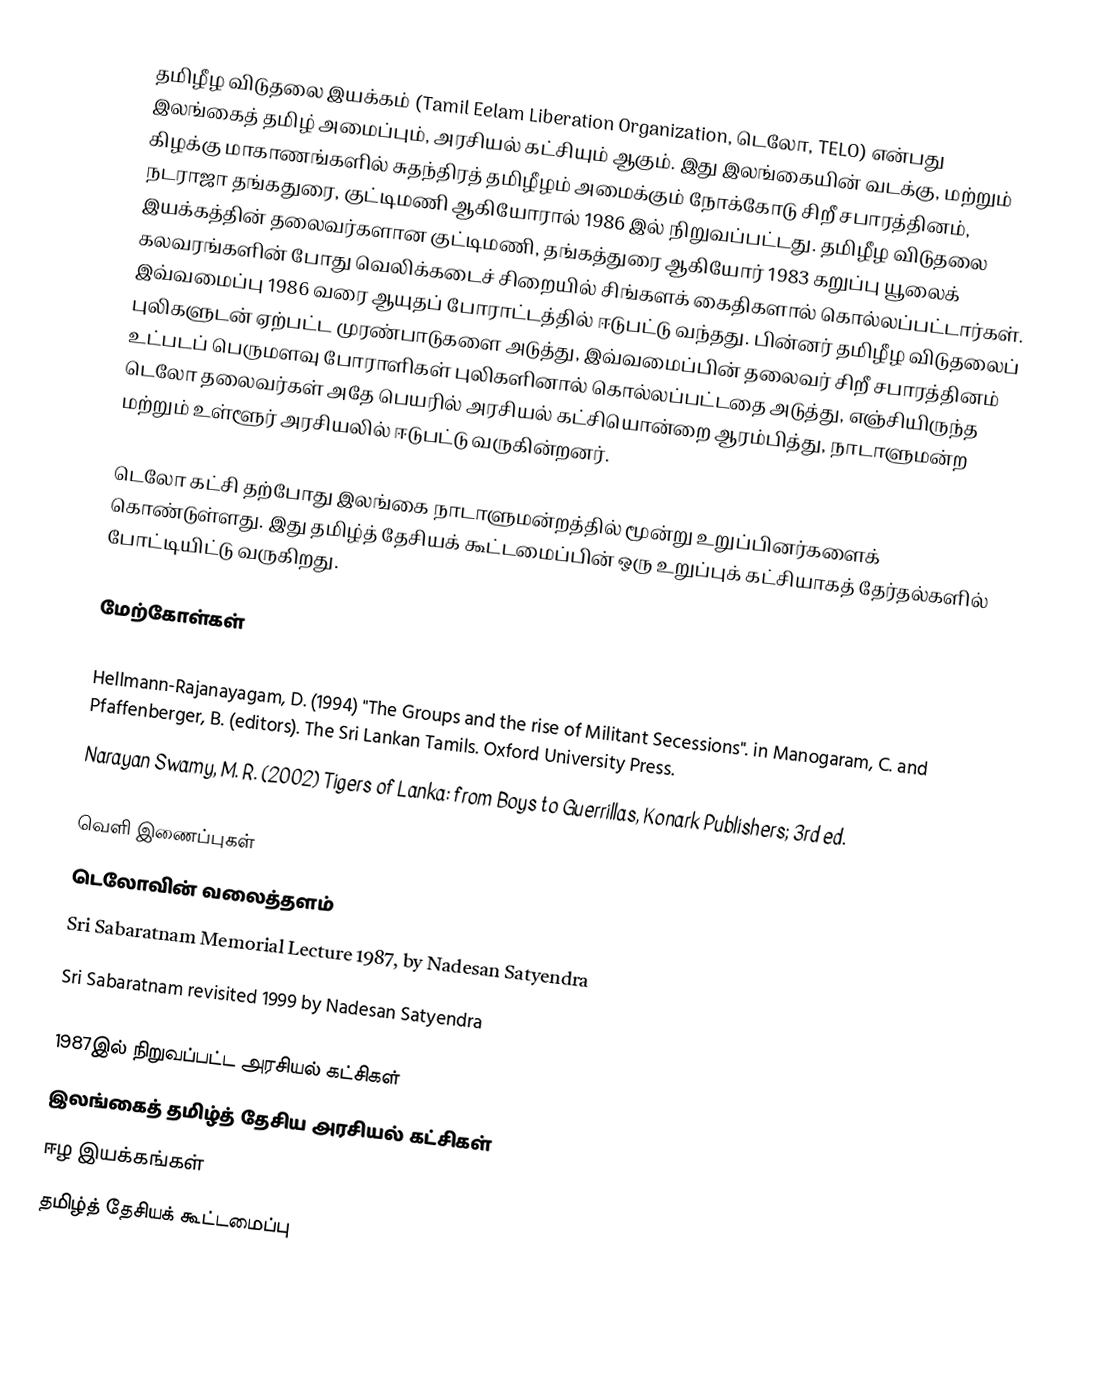
தமிழீழ விடுதலை இயக்கம் (Tamil Eelam Liberation Organization, டெலோ, TELO) என்பது இலங்கைத் தமிழ் அமைப்பும், அரசியல் கட்சியும் ஆகும். இது இலங்கையின் வடக்கு, மற்றும் கிழக்கு மாகாணங்களில் சுதந்திரத் தமிழீழம் அமைக்கும் நோக்கோடு சிறீ சபாரத்தினம், நடராஜா தங்கதுரை, குட்டிமணி ஆகியோரால் 1986 இல் நிறுவப்பட்டது. தமிழீழ விடுதலை இயக்கத்தின் தலைவர்களான குட்டிமணி, தங்கத்துரை ஆகியோர் 1983 கறுப்பு யூலைக் கலவரங்களின் போது வெலிக்கடைச் சிறையில் சிங்களக் கைதிகளால் கொல்லப்பட்டார்கள். இவ்வமைப்பு 1986 வரை ஆயுதப் போராட்டத்தில் ஈடுபட்டு வந்தது. பின்னர் தமிழீழ விடுதலைப் புலிகளுடன் ஏற்பட்ட முரண்பாடுகளை அடுத்து, இவ்வமைப்பின் தலைவர் சிறீ சபாரத்தினம் உட்படப் பெருமளவு போராளிகள் புலிகளினால் கொல்லப்பட்டதை அடுத்து, எஞ்சியிருந்த டெலோ தலைவர்கள் அதே பெயரில் அரசியல் கட்சியொன்றை ஆரம்பித்து, நாடாளுமன்ற மற்றும் உள்ளூர் அரசியலில் ஈடுபட்டு வருகின்றனர்.

டெலோ கட்சி தற்போது இலங்கை நாடாளுமன்றத்தில் மூன்று உறுப்பினர்களைக் கொண்டுள்ளது. இது தமிழ்த் தேசியக் கூட்டமைப்பின் ஒரு உறுப்புக் கட்சியாகத் தேர்தல்களில் போட்டியிட்டு வருகிறது.

மேற்கோள்கள்

 Hellmann-Rajanayagam, D. (1994) "The Groups and the rise of Militant Secessions". in Manogaram, C. and Pfaffenberger, B. (editors). The Sri Lankan Tamils. Oxford University Press.
 Narayan Swamy, M. R. (2002) Tigers of Lanka: from Boys to Guerrillas, Konark Publishers; 3rd ed.

வெளி இணைப்புகள்
டெலோவின் வலைத்தளம்
Sri Sabaratnam Memorial Lecture 1987, by Nadesan Satyendra
Sri Sabaratnam revisited 1999 by Nadesan Satyendra

1987இல் நிறுவப்பட்ட அரசியல் கட்சிகள்
இலங்கைத் தமிழ்த் தேசிய அரசியல் கட்சிகள்
ஈழ இயக்கங்கள்
தமிழ்த் தேசியக் கூட்டமைப்பு